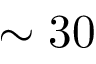
\sim 3 0